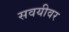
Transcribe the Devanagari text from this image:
सवयीवर